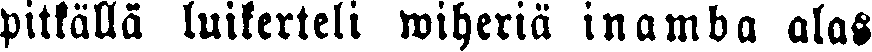
pitkällä luikerteli wiheriä inamba alas